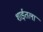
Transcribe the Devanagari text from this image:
शाईतला